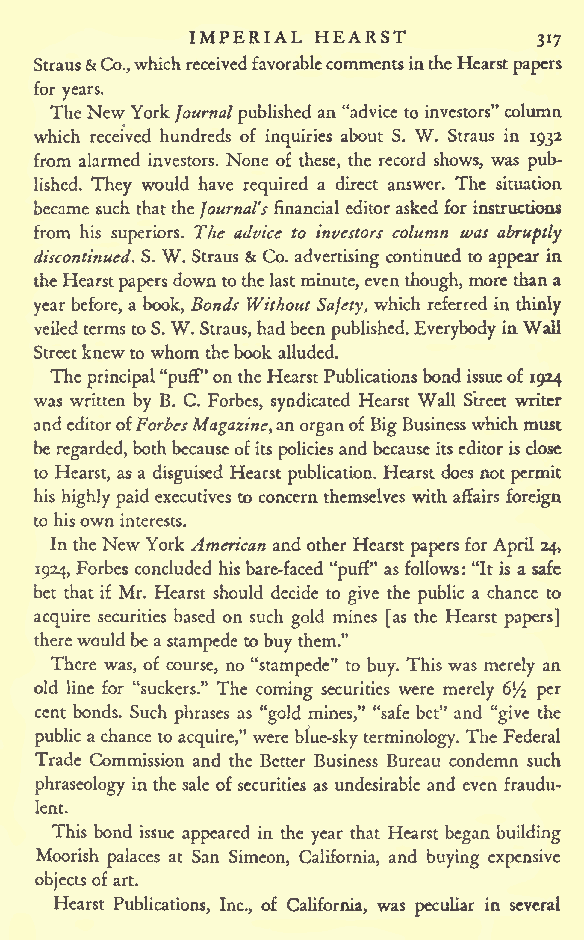
IMPERIAL HEARST
 317
 Straus& Co.,whichreceivedfavorablecommentsintheHearstpapers
 for years.
 The NewYorkJournalpublished an "advice to investors"column
 which received hundreds of inquiries about S. W. Straus in 1932
 from alarmed investors. None of these, the record shows, was pub-
 lished. They would have required a direct answer. The situation
 became such thattheJournal's financial editor asked for instructions
 from his superiors. The advice to investors column was abruptly
 discontinued. S. W. Straus & Co. advertising continued to appear in
 theHearstpapersdowntothelastminute,eventhough, more thana
 year before, a book, Bonds Without Safety, which referred in thinly
 veiledtermstoS. W. Straus,had beenpublished.Everybody inWall
 Streetknewto whom thebook alluded.
 The principal"puff"onthe HearstPublicationsbondissueof
 1924
 was written by B. C. Forbes, syndicated Hearst Wall Street writer
 andeditorofForbesMagazine,anorganofBigBusinesswhich must
 beregarded,bothbecauseofits policiesand becauseitseditorisclose
 to Hearst, as a disguised Hearst publication. Hearst does notpermit
 his highlypaidexecutives to concernthemselves with affairs foreign
 to hisown interests.
 In theNewYork American andother Hearst papers forApril 24,
 1924, Forbes concluded hisbare-faced "puff" asfollows: "It is a safe
 bet that if Mr. Hearst should decide to give the public a chance to
 acquire securities based on such gold mines [as the Hearst papers]
 therewouldbeastampedeto buy them."
 There was, of course, no "stampede" to buy. This was merely an
 old line for "suckers." The coming securities were merely 6l/ 2 per
 cent bonds. Such phrases as "gold mines," "safe bet" and "give the
 public achance to acquire," were blue-sky terminology. The Federal
 Trade Commission and the Better Business Bureau condemn such
 phraseology inthe sale ofsecurities as undesirable and even fraudu-
 lent.
 This bond issue appeared in the year that Hearst began building
 Moorish palaces at San Simeon, California, and buying expensive
 objectsofart.
 Hearst Publications, Inc., of California, was peculiar in several